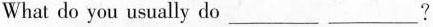
What do you usually do ___ ___?